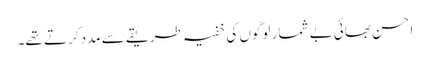
احسن بھائی بے شمار لوگوں کی خفیہ طریقے سے مدد کرتے تھے۔